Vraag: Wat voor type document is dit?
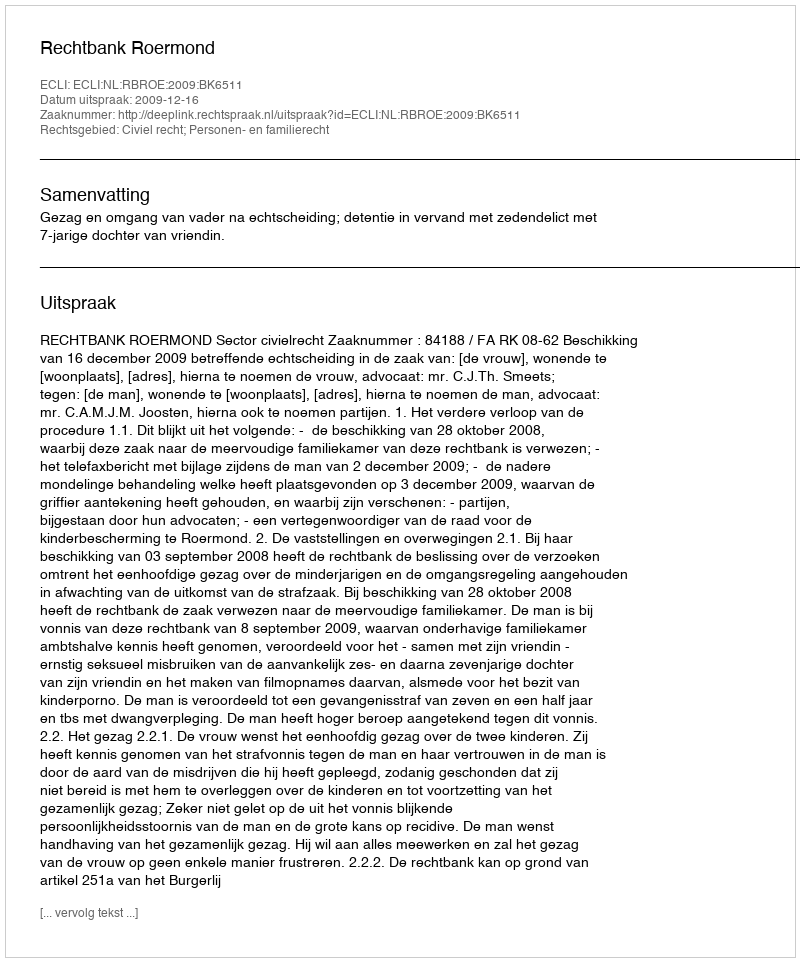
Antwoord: Uitspraak